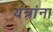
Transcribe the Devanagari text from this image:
यंत्रांना